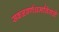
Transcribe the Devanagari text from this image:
सकळवर्णधर्मांवेगळे